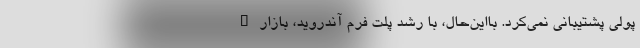
پولی پشتیبانی نمی‌کرد. بااین‌حال، با رشد پلت فرم آندروید، بازار A